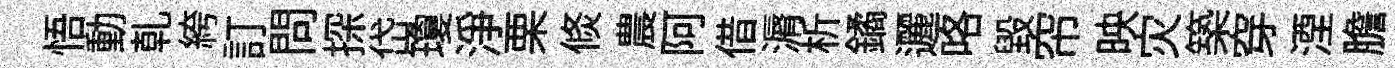
悟動乹絝訂問探岱瓊浄栗倐農阿借漘析鐍邐咯毀帘映灾築穿湮膽